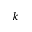
k